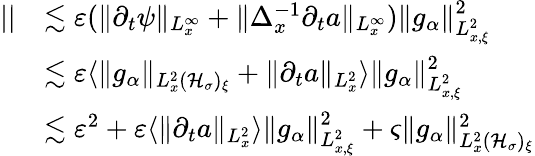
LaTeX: \begin{array}{rl}{||}&{\lesssim\varepsilon(\| \partial_{t}\psi\| _{L_{x}^{\infty}}+\| \Delta_{x}^{-1}\partial_{t}a\| _{L_{x}^{\infty}})\| g_{\alpha}\| _{L_{x,\xi}^{2}}^{2}}\\ &{\lesssim\varepsilon\langle\| g_{\alpha}\| _{L_{x}^{2}(\mathcal H_{\sigma})_{\xi}}+\| \partial_{t}a\| _{L_{x}^{2}}\rangle\| g_{\alpha}\| _{L_{x,\xi}^{2}}^{2}}\\ &{\lesssim\varepsilon^{2}+\varepsilon\langle\| \partial_{t}a\| _{L_{x}^{2}}\rangle\| g_{\alpha}\| _{L_{x,\xi}^{2}}^{2}+\varsigma\| g_{\alpha}\| _{L_{x}^{2}(\mathcal H_{\sigma})_{\xi}}^{2}}\end{array}